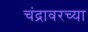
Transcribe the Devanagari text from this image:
चंद्रावरच्या